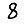
Digit: 8